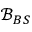
\mathcal { B } _ { B S }